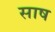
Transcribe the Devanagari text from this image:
साष